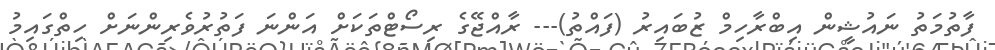
ފާތުމަތު ނައުޝީން އިބްރާހިމް ޒުބައިރު (ފައްތު)--- ރާއްޖޭގެ ރިސޯޓްތަކަށް އަންނަ ފަތުރުވެރިންނަށް ހިތްގައިމު